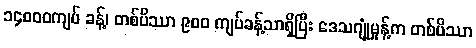
၁၄၀၀၀ကျပ် ခန့်၊ တစ်ပိဿာ ၉၀၀ ကျပ်ခန့်သာရှိပြီး ဒေသဂျုံမှုန့်က တစ်ပိဿာ